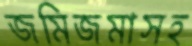
জমিজমাসহ